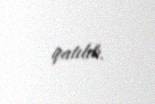
qatılıb.